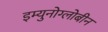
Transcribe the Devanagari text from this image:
इम्युनोग्लोबीन